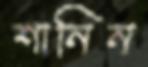
শানিন